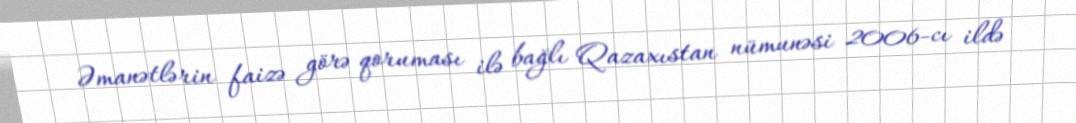
Əmanətlərin faizə görə qoruması ilə bağlı Qazaxıstan nümunəsi 2006-cı ildə